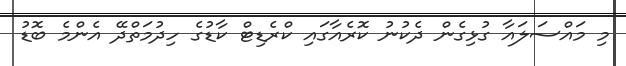
މި މައްސަލައާ ގުޅިގެން ދެކުނު ކޮރެއާގައި ކްރެޑިޓް ކާޑުގެ ހިދުމަތްދޭ އެންމެ ބޮޑު